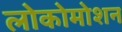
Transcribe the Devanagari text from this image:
लोकोमोशन